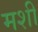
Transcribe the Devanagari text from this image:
मशी